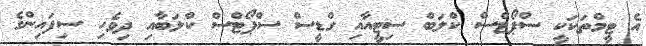
އެ ޓީމްތަކަކީ ސްޕޯޓްސް ކްލަބް ސިޓީއާއި ގްޑީސް ސްޕޯޓްސް ކްލަބާއި ދިވެހި ސިފައިންގެ